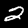
Label: 2